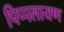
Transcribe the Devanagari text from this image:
पिप्पलायण